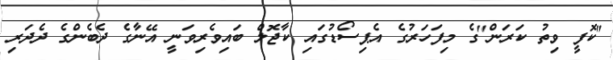
"ކޮފީ ވިތު ކަރަން"ގެ މިފަހަރުގެ އެޕިސޯޑުގައި ކާޖޮލް ބައިވެރިވަނީ އޭނާގެ ދެބެންގެ ދެދަރި